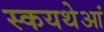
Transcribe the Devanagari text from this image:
स्कयथेआं